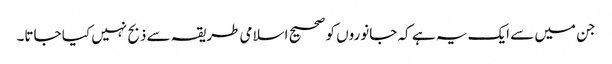
جن میں سے ایک یہ ہے کہ جانوروں کو صحیح اسلامی طریقہ سے ذبح نہیں کیا جاتا۔